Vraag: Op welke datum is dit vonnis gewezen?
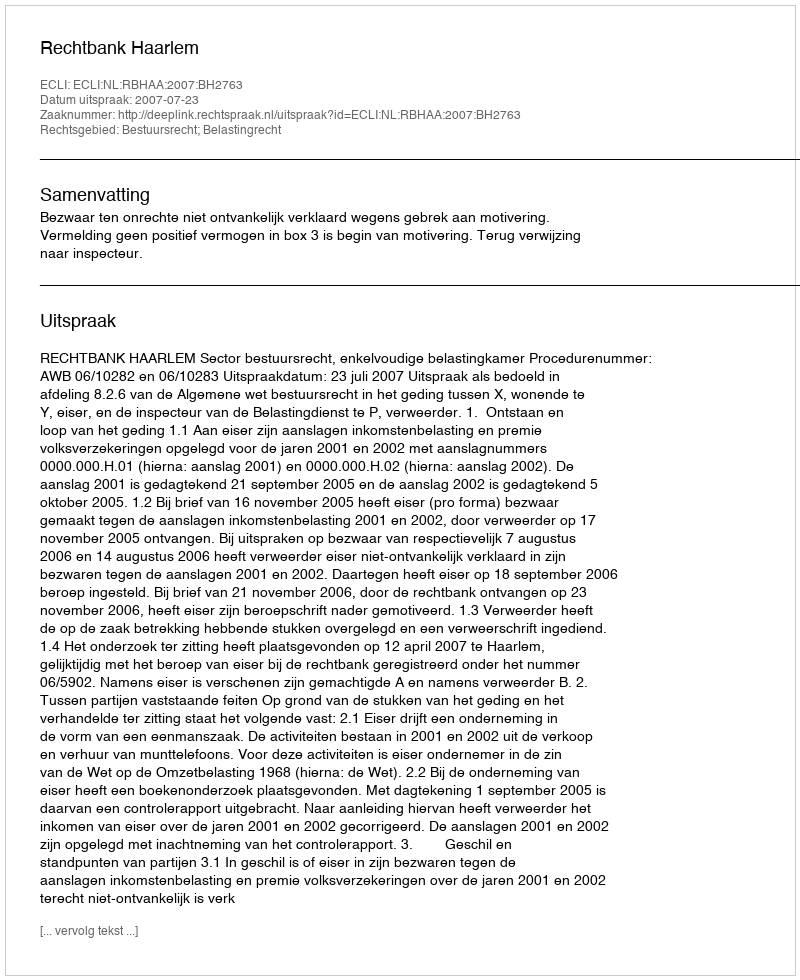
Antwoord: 2007-07-23